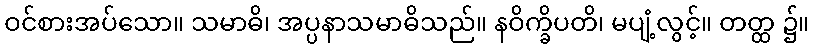
ဝင်စားအပ်သော။ သမာဓိ၊ အပ္ပနာသမာဓိသည်။ နဝိက္ခိပတိ၊ မပျံ့လွင့်။ တတ္ထ ၌။